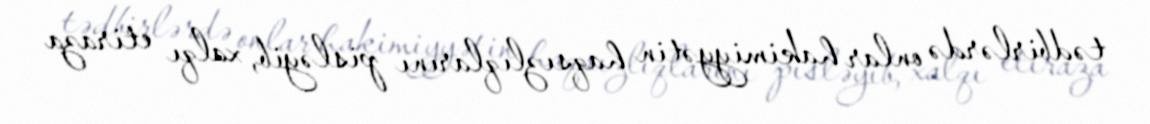
tədbirlərdə onlar hakimiyyətin haqsızlıqlarını pisləyib, xalqı etiraza